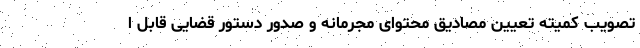
تصویب کمیته تعیین مصادیق محتوای مجرمانه و صدور دستور قضایی قابل ا